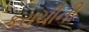
કરાચીની